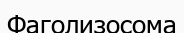
Фаголизосома